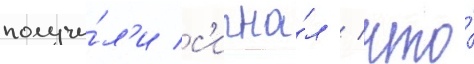
получи́л'и с'игна́л / что́